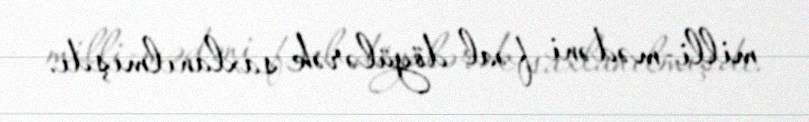
milli-mədəni fəal döyülərək saxlanılmışdı.